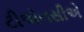
ટીએનસીએ